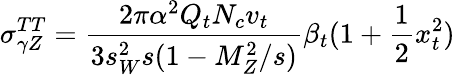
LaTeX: \sigma_{\gamma Z}^{TT}=\frac{2\pi\alpha^{2}Q_{t}N_{c}v_{t}}{3s_{W}^{2}s(1-M_{Z}^{2}/s)}\beta_{t}(1+\frac{1}{2}x_{t}^{2})